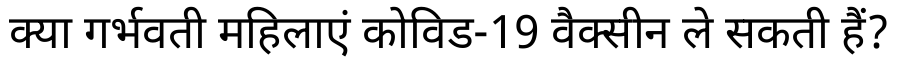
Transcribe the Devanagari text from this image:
क्या गर्भवती महिलाएं कोविड-19 वैक्सीन ले सकती हैं?